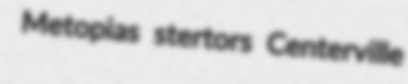
Metopias stertors Centerville